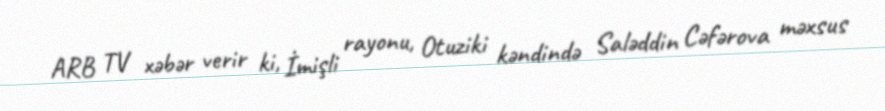
ARB TV xəbər verir ki, İmişli rayonu, Otuziki kəndində Saləddin Cəfərova məxsus